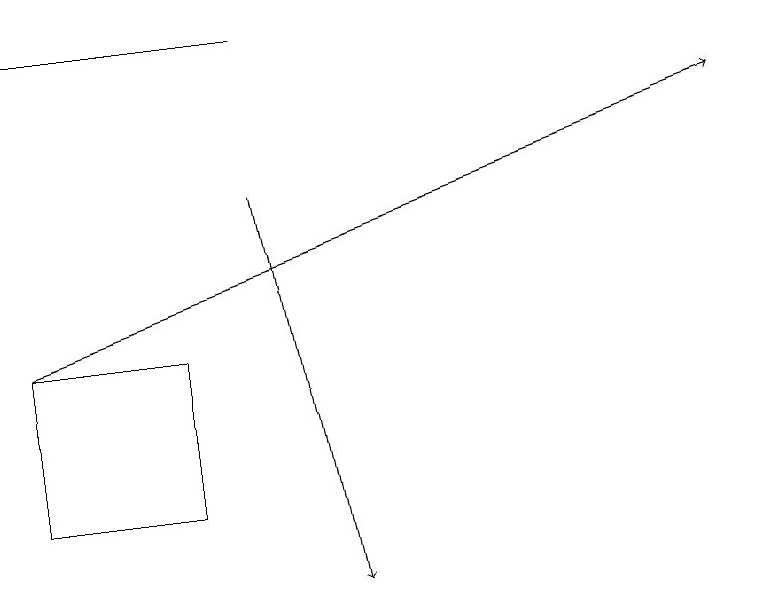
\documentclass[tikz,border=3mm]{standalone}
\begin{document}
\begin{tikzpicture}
\draw[->] (3,17) -- (4,12);
\draw (2,15) rectangle (0,13);
\draw (0,19) rectangle (3,19);
\draw[->] (0,15) -- (9,18);
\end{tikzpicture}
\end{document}